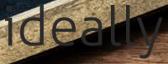
ideally